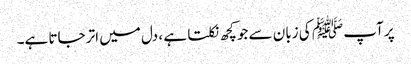
پر آپ ﷺ کی زبان سے جو کچھ نکلتا ہے ، دل میں اتر جاتا ہے۔